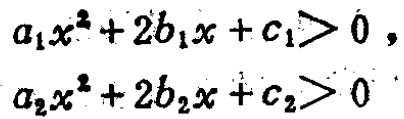
\(a_{1}x^{2}+2b_{1}x + c_{1}>0,\)

\(a_{2}x^{2}+2b_{2}x + c_{2}>0\)